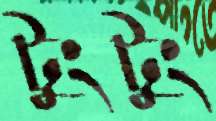
টুংটুং